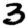
Digit: 3